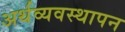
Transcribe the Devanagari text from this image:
अर्थव्यवस्थापन